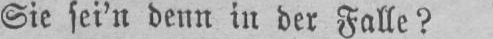
Sie sei’n denn in der Falle?